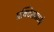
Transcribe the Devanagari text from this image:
प्रक्टिसमध्ये